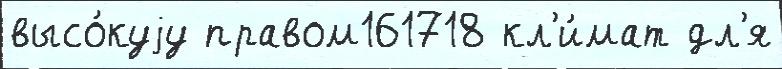
высо́куjу правом161718 кл'и́мат дл'я